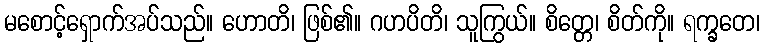
မစောင့်ရှောက်အပ်သည်။ ဟောတိ၊ ဖြစ်၏။ ဂဟပိတိ၊ သူကြွယ်။ စိတ္တေ၊ စိတ်ကို။ ရက္ခတေ၊